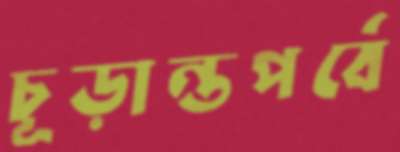
চূড়ান্তপর্বে